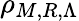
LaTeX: \rho_{M,R,\Lambda}